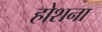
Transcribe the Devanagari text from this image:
होशना